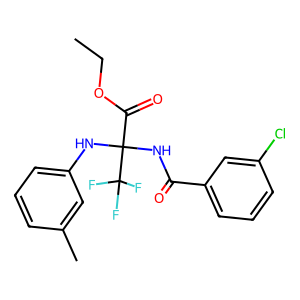
SMILES: CCOC(=O)C(NC(=O)c1cccc(Cl)c1)(Nc1cccc(C)c1)C(F)(F)F
Inhibits HIV replication: No